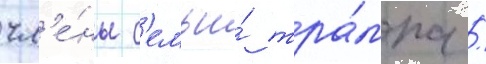
чл'е́ны с'емьи́ тра́мпа /